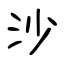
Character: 沙